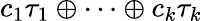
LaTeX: c_{1}\tau_{1}\oplus\cdots\oplus c_{k}\tau_{k}